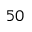
^ { 5 0 }